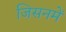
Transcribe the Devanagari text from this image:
जिसनमें